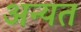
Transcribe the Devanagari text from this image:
अन्यत